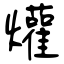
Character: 爟